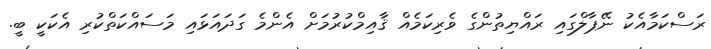
ރަސްކަމާއެކު ނޭޕާލްގައި ރައްޔިތުންގެ ވެރިކަމެއް ޤާއިމްކުރުމަށް އެންމެ ގަދައަޅައި މަސައްކަތްކުރި އެކަކީ ބީ.